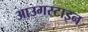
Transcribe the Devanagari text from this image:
आउगस्टाइन